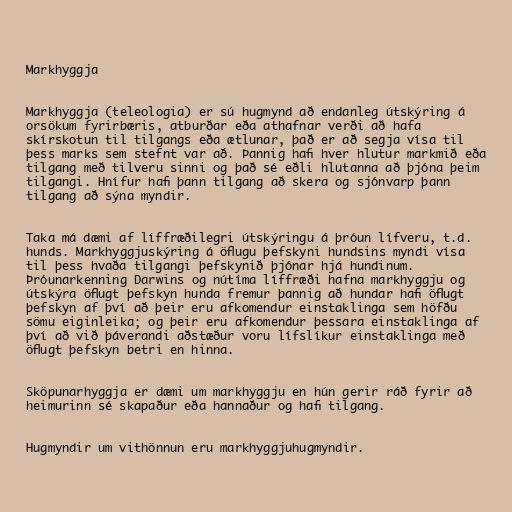
Markhyggja

Markhyggja (teleologia) er sú hugmynd að endanleg útskýring á
orsökum fyrirbæris, atburðar eða athafnar verði að hafa
skírskotun til tilgangs eða ætlunar, það er að segja vísa til
þess marks sem stefnt var að. Þannig hafi hver hlutur markmið eða
tilgang með tilveru sinni og það sé eðli hlutanna að þjóna þeim
tilgangi. Hnífur hafi þann tilgang að skera og sjónvarp þann
tilgang að sýna myndir.

Taka má dæmi af líffræðilegri útskýringu á þróun lífveru, t.d.
hunds. Markhyggjuskýring á öflugu þefskyni hundsins myndi vísa
til þess hvaða tilgangi þefskynið þjónar hjá hundinum.
Þróunarkenning Darwins og nútíma líffræði hafna markhyggju og
útskýra öflugt þefskyn hunda fremur þannig að hundar hafi öflugt
þefskyn af því að þeir eru afkomendur einstaklinga sem höfðu
sömu eiginleika; og þeir eru afkomendur þessara einstaklinga af
því að við þáverandi aðstæður voru lífslíkur einstaklinga með
öflugt þefskyn betri en hinna.

Sköpunarhyggja er dæmi um markhyggju en hún gerir ráð fyrir að
heimurinn sé skapaður eða hannaður og hafi tilgang.

Hugmyndir um vithönnun eru markhyggjuhugmyndir.